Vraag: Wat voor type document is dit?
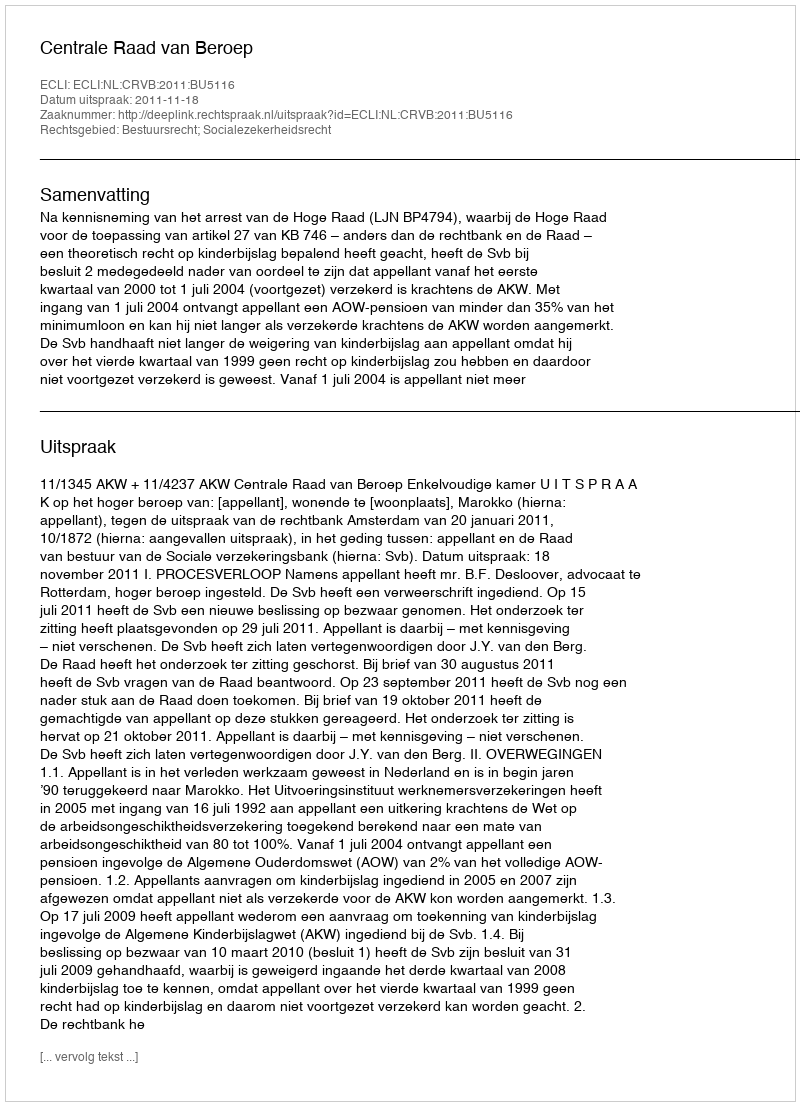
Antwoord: Uitspraak